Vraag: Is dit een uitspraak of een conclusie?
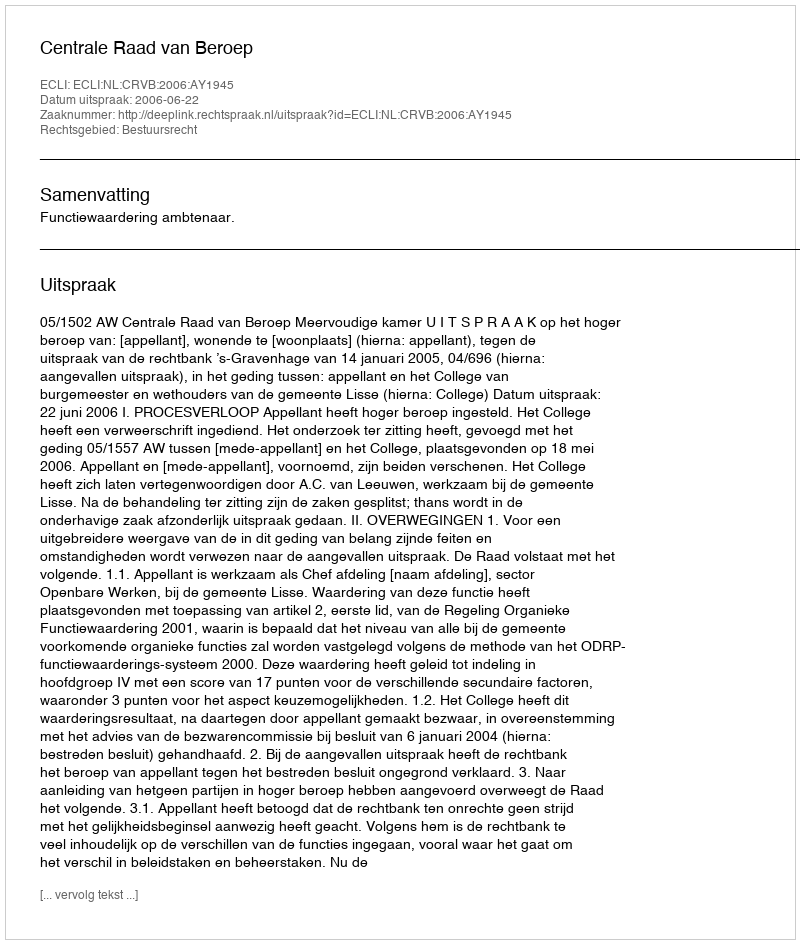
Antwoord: Uitspraak